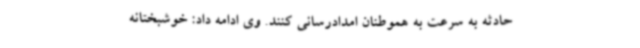
حادثه به سرعت به هموطنان امدادرسانی کنند. وی ادامه داد: خوشبختانه